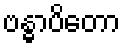
ဗန္ဓာပိတော